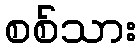
စစ်သား